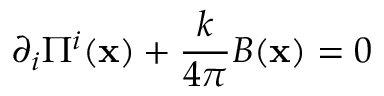
\partial _ { i } \Pi ^ { i } ( { \bf x } ) + \frac { k } { 4 \pi } B ( { \bf x } ) = 0